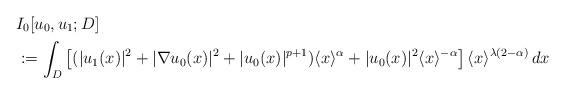
LaTeX: \begin{align*} &I_0[u_0,u_1; D] \\ &:= \int_{D} \left[ ( |u_1(x)|^2 + |\nabla u_0(x)|^2 + |u_0(x)|^{p+1} ) \langle x \rangle^{\alpha} + |u_0(x)|^2 \langle x \rangle^{-\alpha} \right] \langle x \rangle^{\lambda(2-\alpha)} \,dx \end{align*}